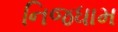
નિજધામ